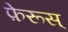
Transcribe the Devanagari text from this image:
फ़ेरूस्